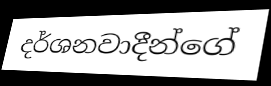
දර්ශනවාදීන්ගේ